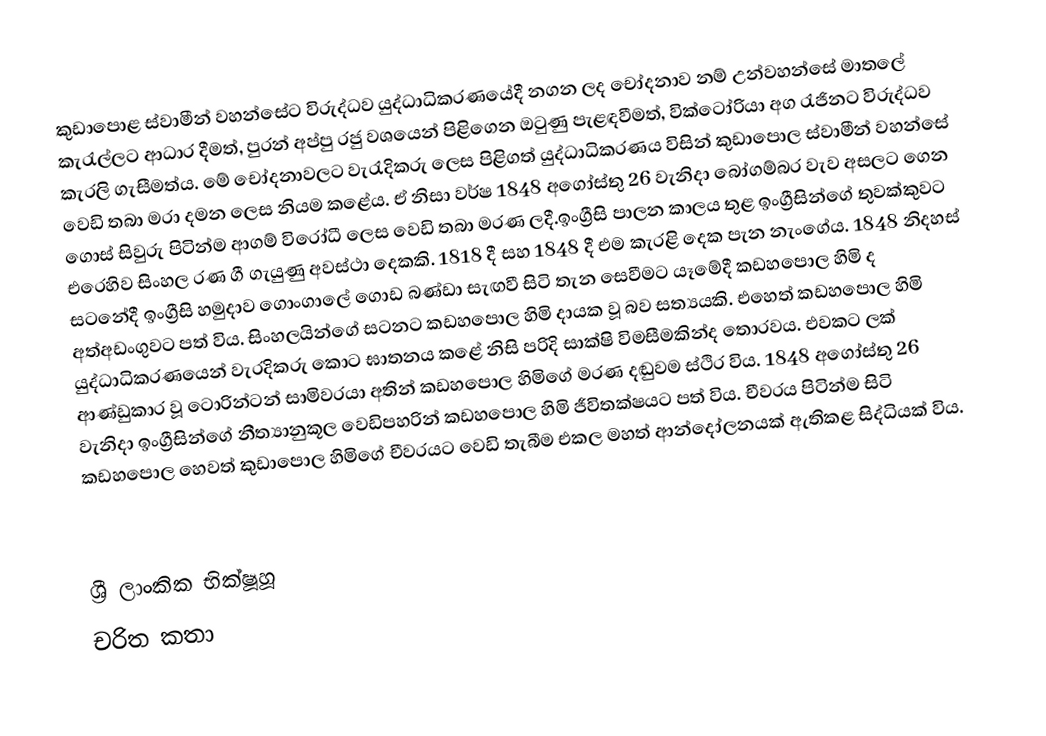
කුඩාපොළ ස්‌වාමීන් වහන්සේට විරුද්ධව යුද්ධාධිකරණයේදී නගන ලද චෝදනාව නම් උන්වහන්සේ මාතලේ කැරැල්ලට ආධාර දීමත්, පුරන් අප්පු රජු වශයෙන් පිළිගෙන ඔටුණු පැළඳවීමත්, වික්‌ටෝරියා අග රැජිනට විරුද්ධව කැරලි ගැසීමත්ය. මේ චෝදනාවලට වැරැදිකරු ලෙස පිළිගත් යුද්ධාධිකරණය විසින් කුඩාපොල ස්‌වාමීන් වහන්සේ වෙඩි තබා මරා දමන ලෙස නියම කළේය. ඒ නිසා වර්ෂ 1848 අගෝස්‌තු 26 වැනිදා බෝගම්බර වැව අසලට ගෙන ගොස්‌ සිවුරු පිටින්ම ආගම් විරෝධී ලෙස වෙඩි තබා මරණ ලදී.ඉංග්‍රීසි පාලන කාලය තුළ ඉංග්‍රීසින්ගේ තුවක්කුවට එරෙහිව සිංහල රණ ගී ගැයුණු අවස්ථා දෙකකි. 1818 දී සහ 1848 දී එම කැරළි දෙක පැන නැංගේය. 1848 නිදහස් සටනේදී ඉංග්‍රීසි හමුදාව ගොංගාලේ ගොඩ බණ්ඩා සැඟවී සිටි තැන සෙවීමට යෑමේදී කඩහපොල හිමි ද අත්අඩංගුවට පත් විය. සිංහලයින්ගේ සටනට කඩහපොල හිමි දායක වූ බව සත්‍යයකි. එහෙත් කඩහපොල හිමි යුද්ධාධිකරණයෙන් වැරදිකරු කොට ඝාතනය කළේ නිසි පරිදි සාක්ෂි විමසීමකින්ද තොරවය. එවකට ලක් ආණ්ඩුකාර වූ ටොරින්ටන් සාමිවරයා අතින් කඩහපොල හිමිගේ මරණ දඬුවම ස්ථිර විය. 1848 අගෝස්තු 26 වැනිදා ඉංග්‍රීසින්ගේ නීත්‍යානුකූල වෙඩිපහරින් කඩහපොල හිමි ජීවිතක්ෂයට පත් විය. චීවරය පිටින්ම සිටි කඩහපොල හෙවත් කුඩාපොල හිමිගේ චීවරයට වෙඩි තැබීම එකල මහත් ආන්දෝලනයක් ඇතිකළ සිද්ධියක් විය.

ශ්‍රී ලාංකික භික්ෂූහූ
චරිත කතා